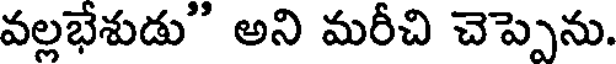
వల్లభేశుడు' అని మరీచి చెప్పెను.